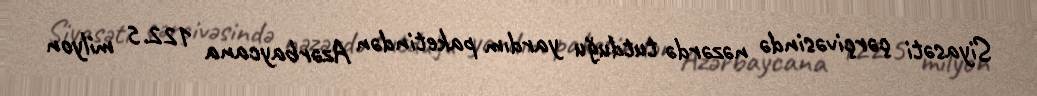
Siyasəti çərçivəsində nəzərdə tutduğu yardım paketindən Azərbaycana 122.5 milyon